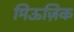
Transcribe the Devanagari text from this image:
मिऊज़िक